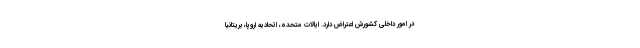
در امور داخلی کشورش اعتراض دارد. ایالات متحده، اتحادیه اروپا، بریتانیا